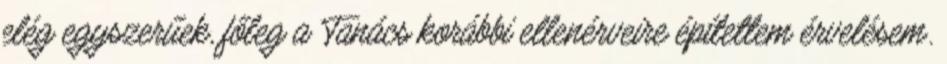
elég egyszerűek, főleg a Tanács korábbi ellenérveire építettem érvelésem.